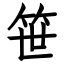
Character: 笹